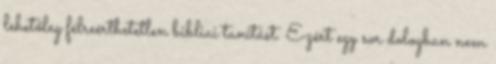
lehetőleg félreérthetetlen bibliai tanítást. Ezért egy sor dologban nem